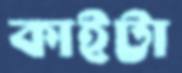
কাইট্টা